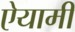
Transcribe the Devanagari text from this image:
ऐयामी